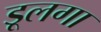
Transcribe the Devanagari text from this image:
डूलगा